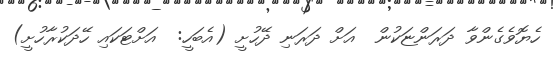
ހެޔޮވެގެންވާ ދަރަންޏަކުން  އަށް ދަރަނި ދޭހުށީ (އެބަހީ:  އަށްޓަކައި ހޭދަކުރާހުށީ)